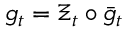
g _ { t } = \Xi _ { t } \circ \bar { g } _ { t }